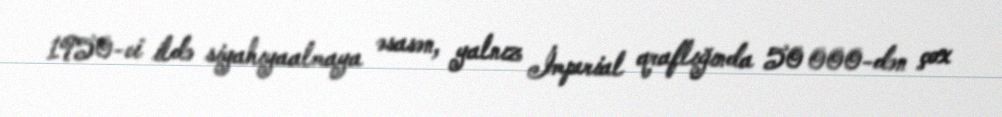
1950-ci ildə siyahıyaalmaya əsasən, yalnız İmperial qraflığında 50 000-dən çox